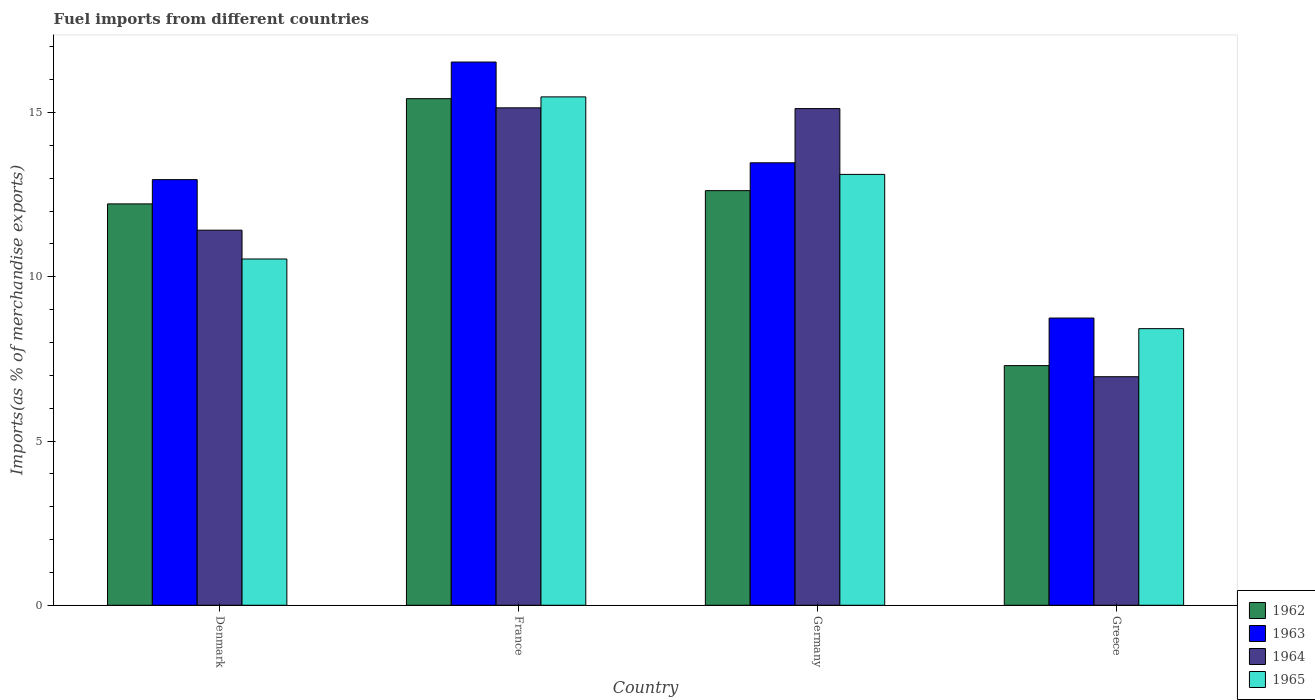
| Country | 1962 | 1963 | 1964 | 1965 |
 | --- | --- | --- | --- | --- |
 | Denmark | 12.2 | 13 | 11.4 | 10.5 |
 | France | 15.4 | 16.5 | 15.1 | 15.5 |
 | Germany | 12.6 | 13.5 | 15.1 | 13.1 |
 | Greece | 7.3 | 8.74 | 6.96 | 8.42 |